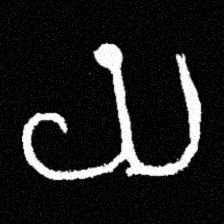
Pyu character \u2014 Myanmar letter: ယ (romanized: ya)